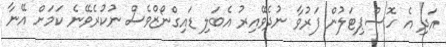
އަދި އެ ހޮސްޕިޓަލުން ފަރުވާ ނުދެވޭއިރު އެބަލި ޑައިގްނޯޒްވެސް ނުކުރެވޭނެ ކަމަށް އޭނާ